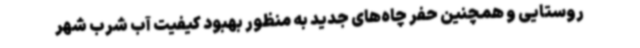
روستایی و همچنین حفر چاه‌های جدید به منظور بهبود کیفیت آب شرب شهر